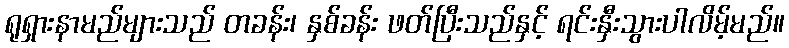
ရုရှားနာမည်များသည် တခန်း၊ နှစ်ခန်း ဖတ်ပြီးသည်နှင့် ရင်းနှီးသွားပါလိမ့်မည်။